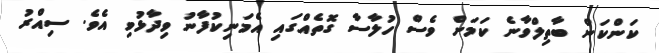
ކަންކަން ބާތިލްވާނެ ކަމަށް ވެސް ހުލާސާ ގޮތެއްގައި އެމަނިކުފާނު ވިދާޅުވި އެވެ. ސިއްރު